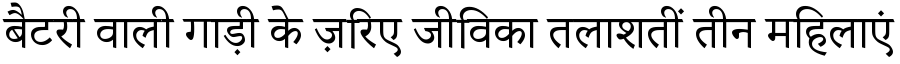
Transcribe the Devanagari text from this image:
बैटरी वाली गाड़ी के ज़रिए जीविका तलाशतीं तीन महिलाएं